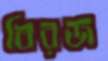
বিরজ